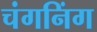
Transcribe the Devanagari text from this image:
चंगनिंग